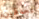
تحدقين